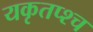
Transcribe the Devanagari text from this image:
यकृतप्श्च